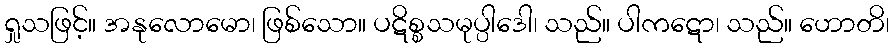
ရှုသဖြင့်။ အနုလောမော၊ ဖြစ်သော။ ပဋိစ္စသမုပ္ပါဒေါ၊ သည်။ ပါကဋော၊ သည်။ ဟောတိ၊